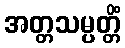
အတ္တသမ္ပတ္တိံ